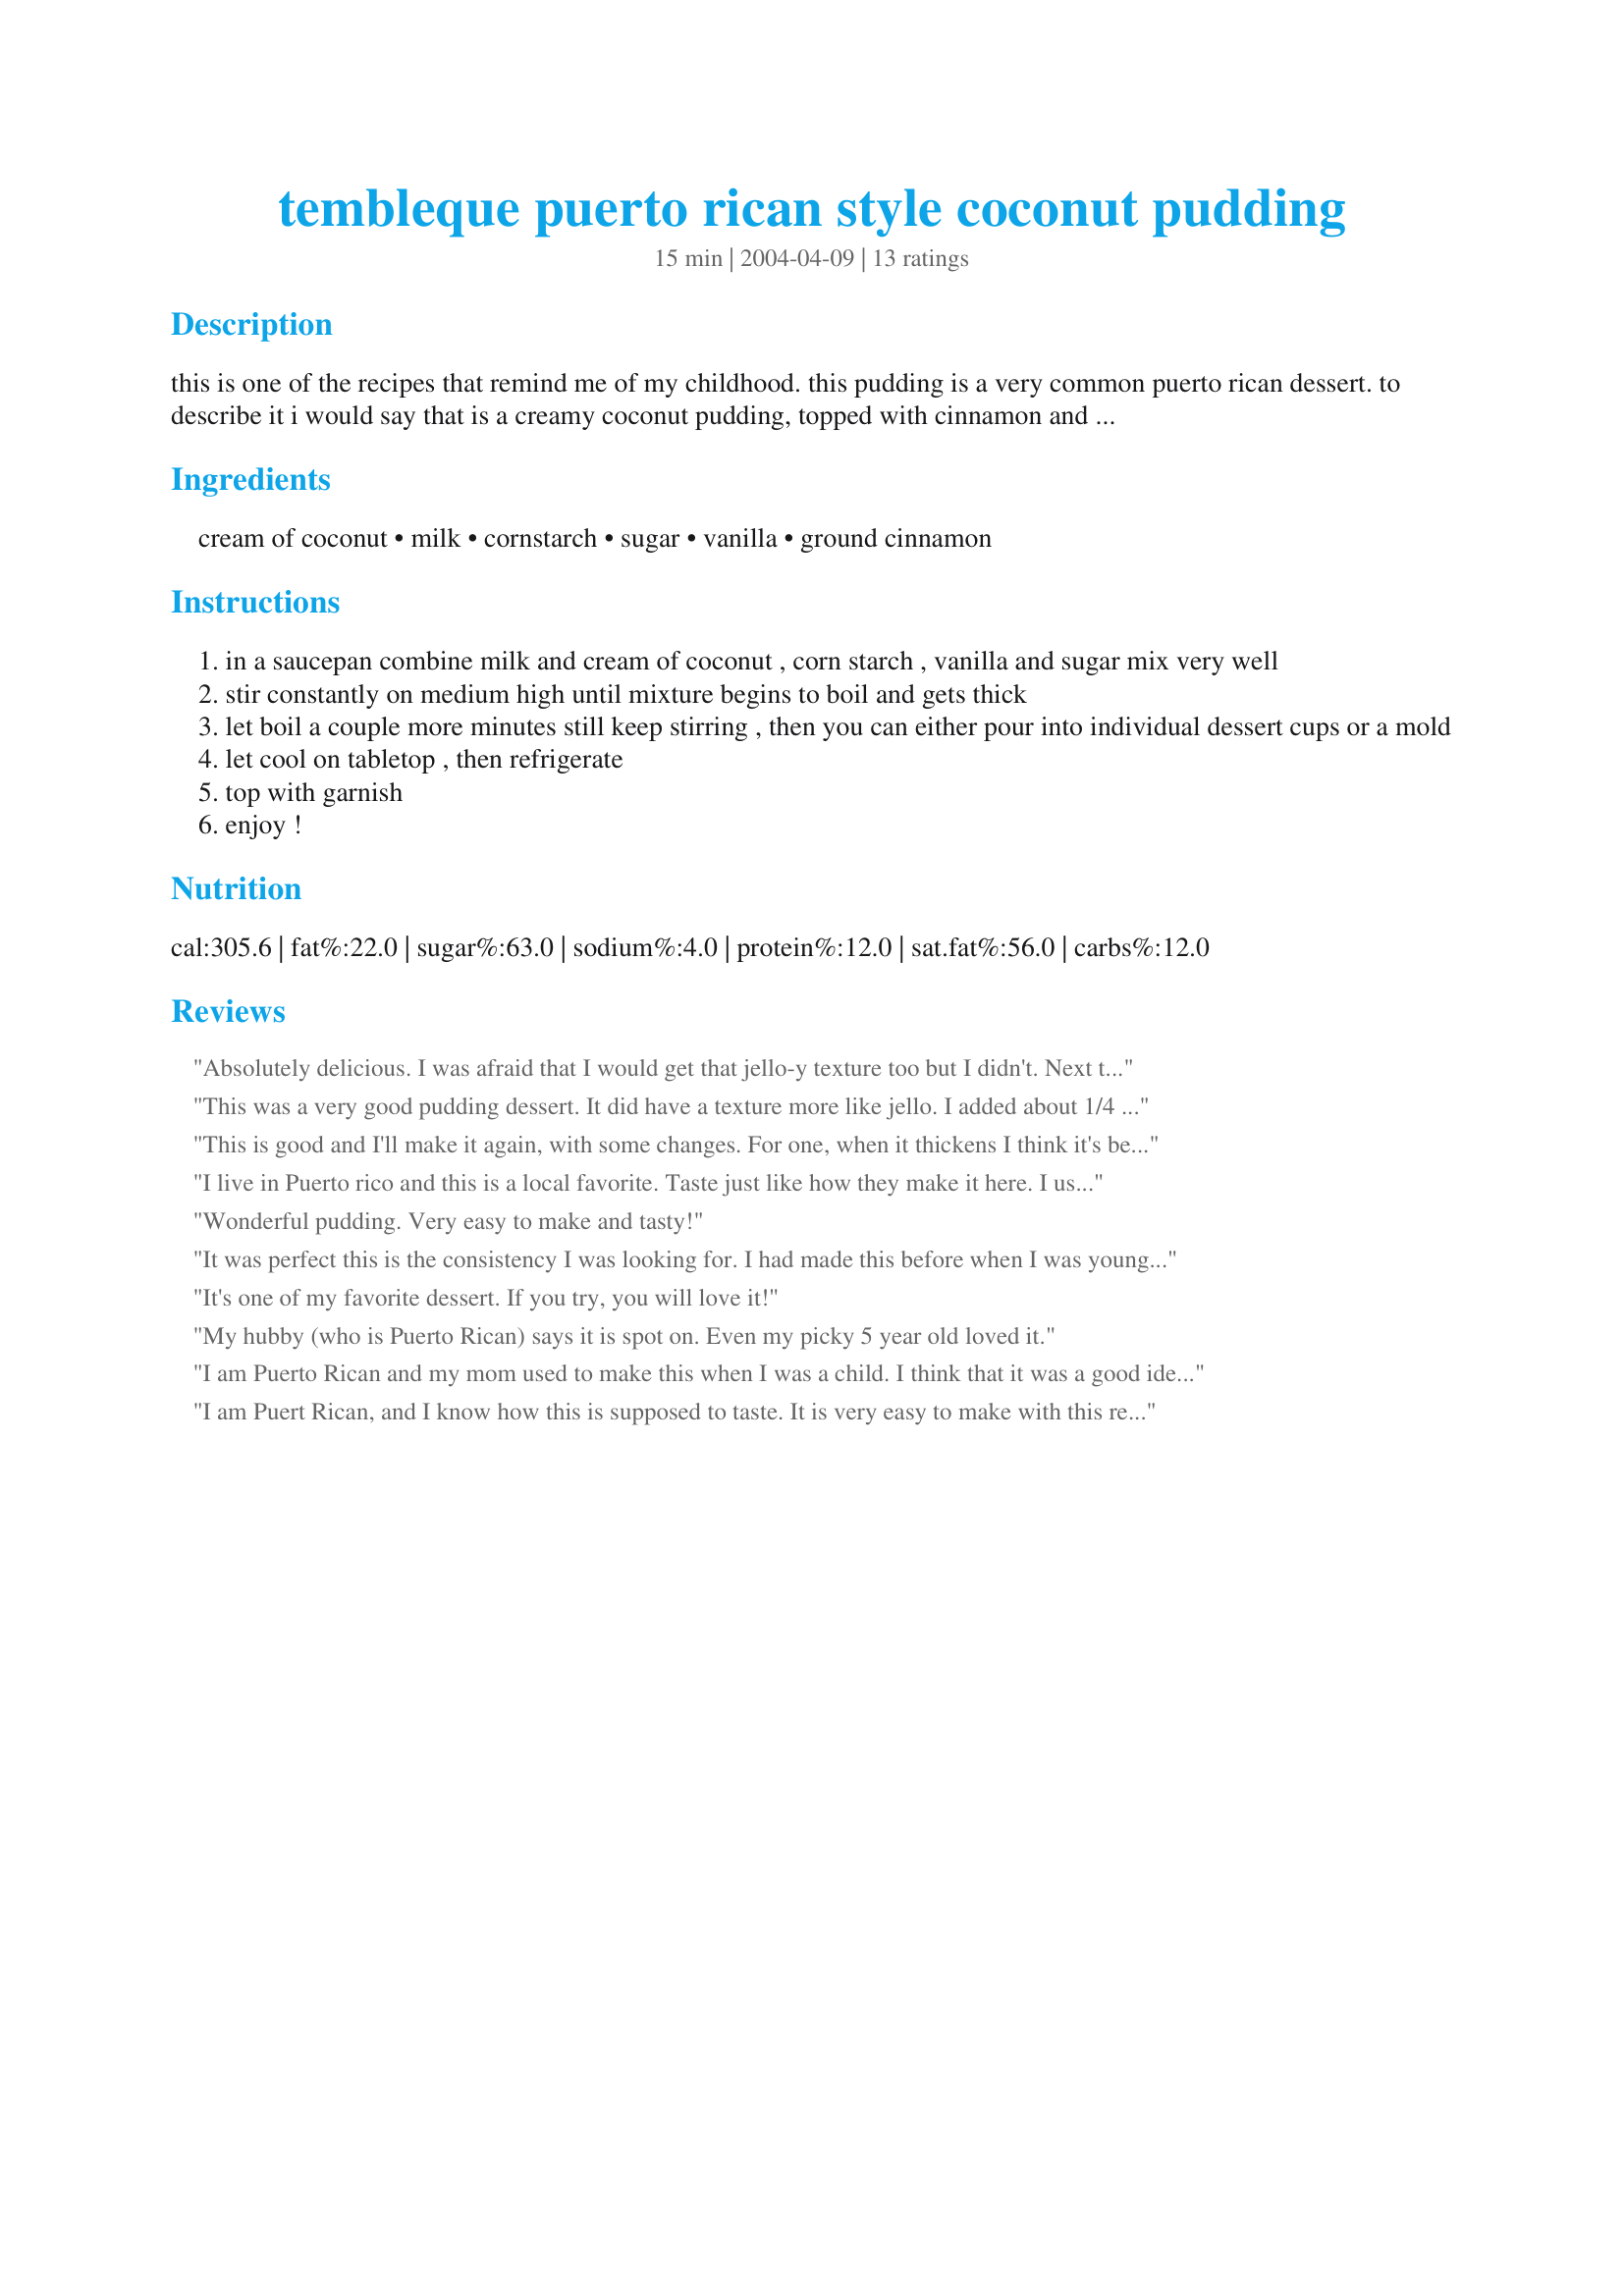
tembleque puerto rican style coconut pudding
Preparation time: 15 minutes

this is one of the recipes that remind me of my childhood. this pudding is a very common puerto rican dessert. to describe it i would say that is a creamy coconut pudding, topped with cinnamon and delicious.

Ingredients:
cream of coconut, milk, cornstarch, sugar, vanilla, ground cinnamon

Steps:
in a saucepan combine milk and cream of coconut , corn starch , vanilla and sugar mix very well
stir constantly on medium high until mixture begins to boil and gets thick
let boil a couple more minutes still keep stirring , then you can either pour into individual dessert cups or a mold
let cool on tabletop , then refrigerate
top with garnish
enjoy !

Reviews:
Absolutely delicious. I was afraid that I would get that jello-y texture too but I didn't. Next time I will add only 2tbsp of sugarbcaz the cream of coco that I used has the right about if sweetness.
What I've learn in my many years of cooking and baking that when it comes to cornstarch not all of then thicken or react the same way. Try changing name brands to see if you get a better consistancy or try adding less cornstarch for less thickness. It's best to never stop stirring it while it's heating up, it creates unpleasant lumps. After it thickenes up put it in it's serving dish right away.
This was a very good pudding dessert. It did have a texture more like jello. I added about 1/4 sweetened coconut flakes to the pudding while it was cooking. I also added about a teaspoon of coconut extract. I really liked it while it was still warm and more of a pudding consistency, but the it still tasted good after it had chilled.
This is good and I'll make it again, with some changes. For one, when it thickens I think it's best to remove it from the heat, not keep stirring. I had a stiff, jello-y texture; it served up like "slabs" of pudding. I also added a splash of coconut flavoring; the flavor ended up being pretty tasty, but not unlike a rice pudding without the rice.
I live in Puerto rico and this is a local favorite. Taste just like how they make it here. I used coconut milk instead of regular milk though, and a bit less sugar. Yummy!!! Worth a try.
Wonderful pudding. Very easy to make and tasty!
It was perfect this is the consistency I was looking for. I had made this before when I was younger but forgot how to make. Thanks!
It's one of my favorite dessert. If you try, you will love it!
My hubby (who is Puerto Rican) says it is spot on. Even my picky 5 year old loved it.
I am Puerto Rican and my mom used to make this when I was a child. I think that it was a good idea to include it on this website! Also, I agree that putting coconut in while cooking may help. Thanks for the recipe!
I am Puert Rican, and I know how this is supposed to taste. It is very easy to make with this recipe, but it isn't sweet enough. Maybe 3/4 of a cup of sugar, should suffice. Also, instead of sprinkling the coconut flakes on top, try dropping them in while cooking.
It was good but like jello
OK good recipe, but it should not be a pudding consistency. It should be like Jello. The name tembleque means to tremble or shake like Jello.
My mother always made it for me and the joy of seeing it shake and jiggle was one of my best memories of this dessert. Not to mention how tasty it is. so if it comes out like Jello you done it right! so enjoy it and have fun it's a great dessert.
Great tasting, and easy to make.
